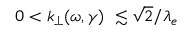
0 < k _ { \perp } ( \omega , \gamma ) \ \lesssim \sqrt { 2 } / \lambda _ { e }